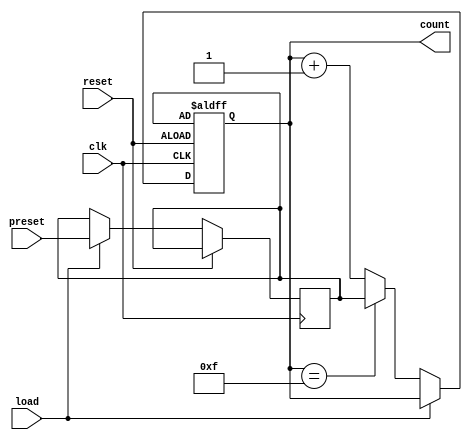
module PresettableCounter #(
    parameter N = 4  // Parameter for the bit-width of the counter
)(
    input wire clk,            // Clock input
    input wire reset,          // Asynchronous reset input
    input wire [N-1:0] preset, // Preset value input
    input wire load,           // Load signal to load the preset value
    output reg [N-1:0] count   // Current count value output
);

    // Internal register to hold the preset value
    reg [N-1:0] preset_reg;
    
    // Maximum count value
    localparam MAX_COUNT = (1 << N) - 1;

    always @(posedge clk or posedge reset) begin
        if (reset) begin
            // Reset the counter to the preset value
            count <= preset_reg;
        end else if (load) begin
            // Load the preset value into the preset register
            preset_reg <= preset;
        end else begin
            // Increment the counter
            if (count == MAX_COUNT) begin
                count <= preset_reg; // Roll over to preset value
            end else begin
                count <= count + 1; // Increment the count
            end
        end
    end

    // Initial value setup (optional, can be removed if not needed)
    initial begin
        count = 0;       // Initialize count to 0
        preset_reg = 0;  // Initialize preset_reg to 0
    end

endmodule